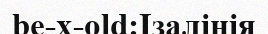
be-x-old:Ізалінія